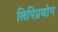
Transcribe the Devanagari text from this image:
लिपिप्रयोग